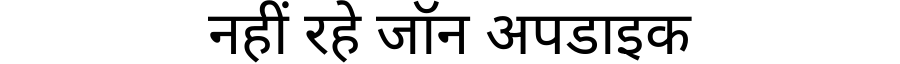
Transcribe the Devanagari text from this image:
नहीं रहे जॉन अपडाइक